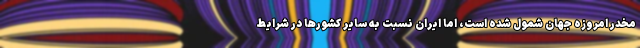
مخدر امروزه جهان شمول شده است، اما ایران نسبت به سایر کشورها در شرایط